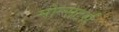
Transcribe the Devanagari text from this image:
मोन्सटर्स